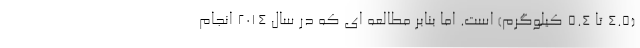
(4.5 تا 5.4 کیلوگرم) است. اما بنابر مطالعه ای که در سال 2014 انجام